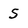
Character: 5